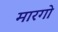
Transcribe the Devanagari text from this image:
मारगो